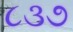
૮૩૭